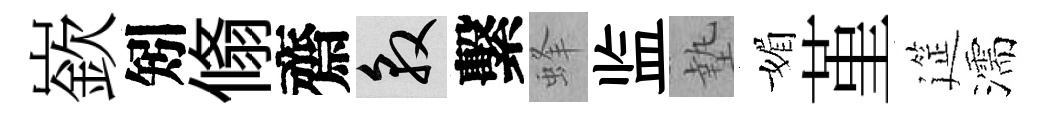
嶔矧翛齋敦繫蜂监墊媚堇筵濡